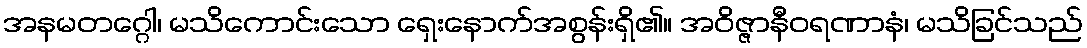
အနမတဂ္ဂေါ၊ မသိကောင်းသော ရှေးနောက်အစွန်းရှိ၏။ အဝိဇ္ဇာနီဝရဏာနံ၊ မသိခြင်သည်